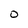
Character: O